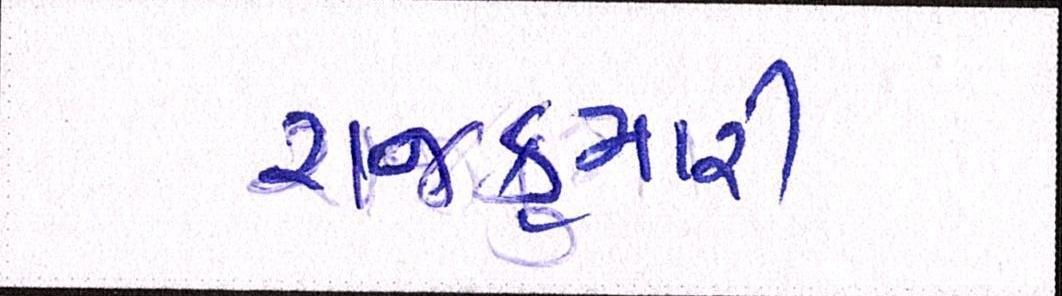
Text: રાજકુમારી